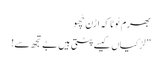
بھرم ٹوٹا کہ اڑن چُھو
” لڑکیاں کیسے پٹتی ہیں بے تجھ سے!